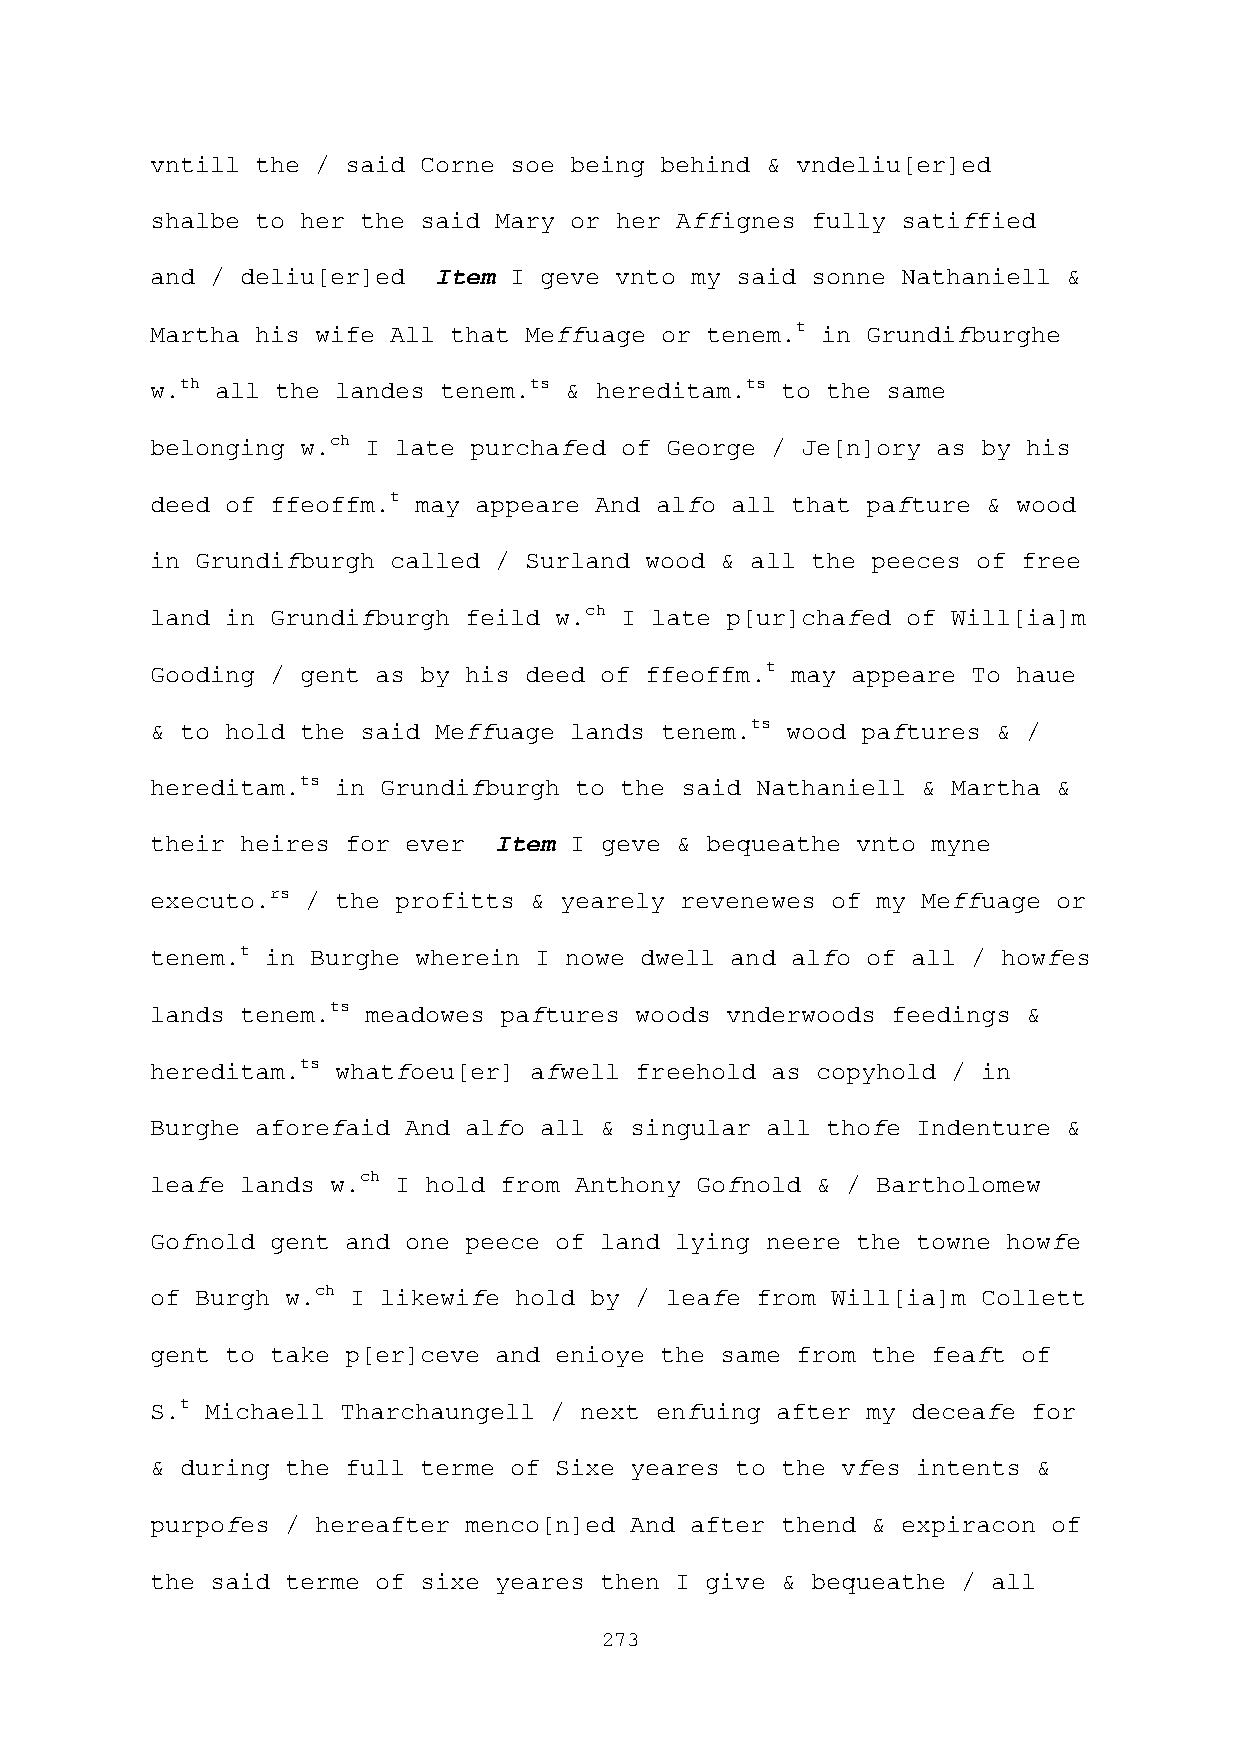
vntill the / said Corne soe being behind & vndeliu[er]ed
 shalbe to her the said Mary or her Affignes fully satiffied
 and / deliu[er]ed  Item I geve vnto my said sonne Nathaniell &
 Martha his wife All that Meffuage or tenem.t in Grundifburghe
 w.th all the landes tenem.ts & hereditam.ts to the same
 belonging w.ch I late purchafed of George / Je[n]ory as by his
 deed of ffeoffm.t may appeare And alfo all that pafture & wood
 in Grundifburgh called / Surland wood & all the peeces of free
 land in Grundifburgh feild w.ch I late p[ur]chafed of Will[ia]m
 Gooding / gent as by his deed of ffeoffm.t may appeare To haue
 & to hold the said Meffuage lands tenem.ts wood paftures & /
 hereditam.ts in Grundifburgh to the said Nathaniell & Martha &
 their heires for ever  Item I geve & bequeathe vnto myne
 executo.rs / the profitts & yearely revenewes of my Meffuage or
 tenem.t in Burghe wherein I nowe dwell and alfo of all / howfes
 lands tenem.ts meadowes paftures woods vnderwoods feedings &
 hereditam.ts whatfoeu[er] afwell freehold as copyhold / in
 Burghe aforefaid And alfo all & singular all thofe Indenture &
 leafe lands w.ch I hold from Anthony Gofnold & / Bartholomew
 Gofnold gent and one peece of land lying neere the towne howfe
 of Burgh w.ch I likewife hold by / leafe from Will[ia]m Collett
 gent to take p[er]ceve and enioye the same from the feaft of
 S.t Michaell Tharchaungell / next enfuing after my deceafe for
 & during the full terme of Sixe yeares to the vfes intents &
 purpofes / hereafter menco[n]ed And after thend & expiracon of
 the said terme of sixe yeares then I give & bequeathe / all
 273